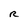
Character: R